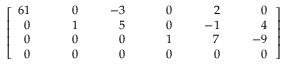
\left[ { \begin{array} { r l r l r l r l r l r } { { 6 } 1 } & { { } } & { 0 } & { { } } & { - 3 } & { { } } & { 0 } & { { } } & { 2 } & { { } } & { 0 } \\ { 0 } & { { } } & { 1 } & { { } } & { 5 } & { { } } & { 0 } & { { } } & { - 1 } & { { } } & { 4 } \\ { 0 } & { { } } & { 0 } & { { } } & { 0 } & { { } } & { 1 } & { { } } & { 7 } & { { } } & { - 9 } \\ { 0 } & { { } } & { \; \; \; \; \; 0 } & { { } } & { \; \; \; \; \; 0 } & { { } } & { \; \; \; \; \; 0 } & { { } } & { \; \; \; \; \; 0 } & { { } } & { \; \; \; \; \; 0 } \end{array} } \, \right]